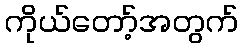
ကိုယ်တော့်အတွက်